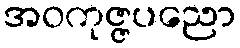
အဝကုဇ္ဇပညော